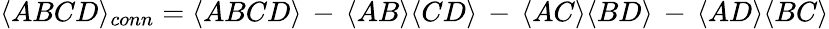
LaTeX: \langle ABCD\rangle_{conn}=\langle ABCD\rangle\, -\, \langle AB\rangle\langle CD\rangle\, -\, \langle AC\rangle\langle BD\rangle\, -\, \langle AD\rangle\langle BC\rangle